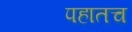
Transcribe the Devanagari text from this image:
पहातच